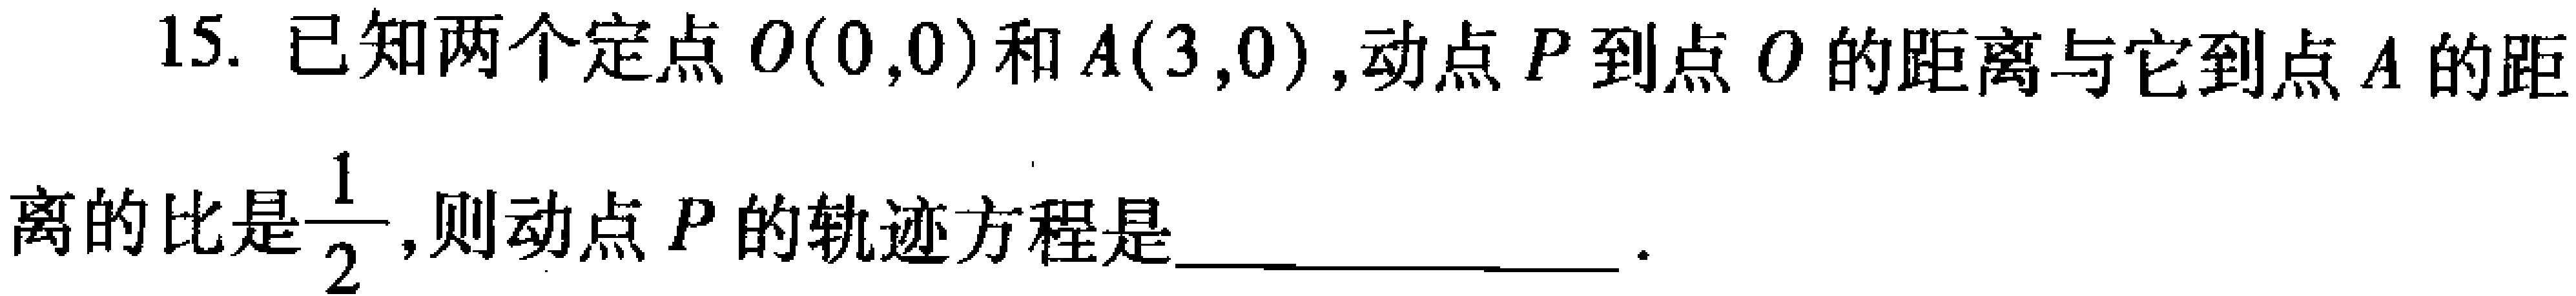
15. 已知两个定点\(O(0,0)\)和\(A(3,0)\)，动点\(P\)到点\(O\)的距离与它到点\(A\)的距离的比是\(\dfrac{1}{2}\)，则动点\(P\)的轨迹方程是  ．